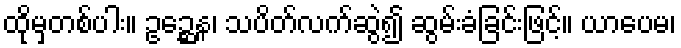
ထိုမှတစ်ပါး။ ဥဉ္ဆေန၊ သပိတ်လက်ဆွဲ၍ ဆွမ်းခံခြင်းဖြင့်။ ယာပေမ၊